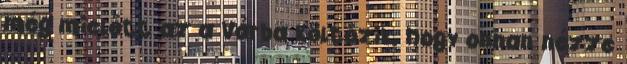
még mielőtt az a Várba költözik, hogy onnan nézze